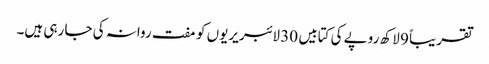
تقریباً 9 لاکھ روپے کی کتابیں 30 لائبریریوں کو مفت روانہ کی جا رہی ہیں۔